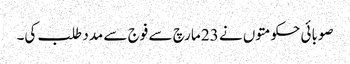
صوبائی حکومتوں نے 23 مارچ سے فوج سے مدد طلب کی۔